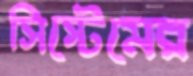
সিস্টেমের